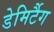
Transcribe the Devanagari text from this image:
डेमिर्टैग